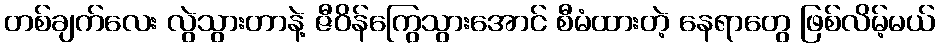
တစ်ချက်လေး လွဲသွားတာနဲ့ ဇီဝိန်ကြွေသွားအောင် စီမံထားတဲ့ နေရာတွေ ဖြစ်လိမ့်မယ်